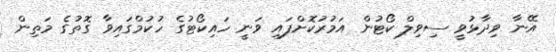
އޭނާ ވިދާޅުވީ ސިވިލް ކޯޓުން އަމުރުކޮށްފައި ވަނީ ހައިކޯޓުގެ ހުކުމްގައިވާ ގޮތުގެ މަތިން